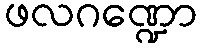
ဖလဂဏ္ဍော